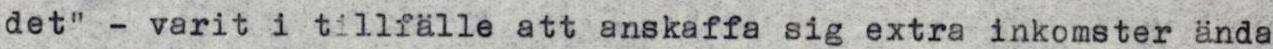
det" - varit i tillfälle att anskaffa sig extra inkomster ända